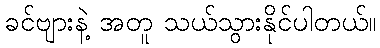
ခင်ဗျားနဲ့ အတူ သယ်သွားနိုင်ပါတယ်။